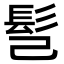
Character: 𩫻